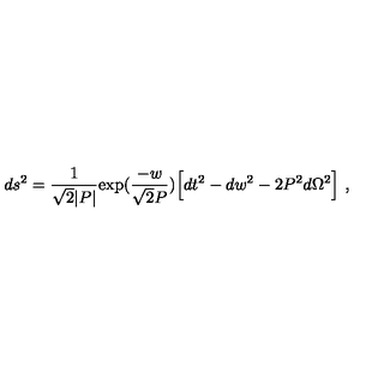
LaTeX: d s ^ { 2 } = { \frac { 1 } { \sqrt { 2 } | P | } } \mathrm { e x p } ( { \frac { - w } { \sqrt { 2 } P } } ) \Bigl [ d t ^ { 2 } - d w ^ { 2 } - 2 P ^ { 2 } d \Omega ^ { 2 } \Bigr ] \ ,